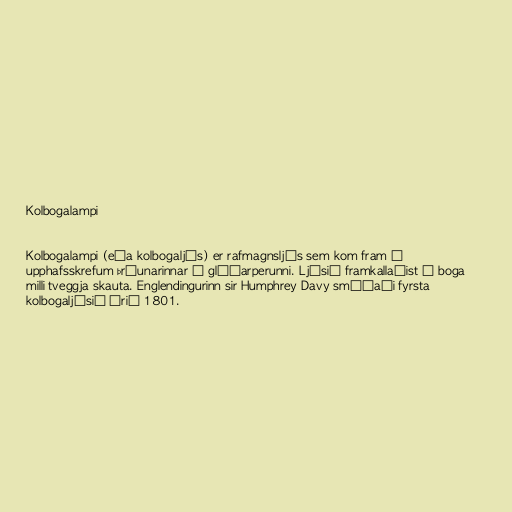
Kolbogalampi

Kolbogalampi (eða kolbogaljós) er rafmagnsljós sem kom fram í
upphafsskrefum þróunarinnar á glóðarperunni. Ljósið framkallaðist í boga
milli tveggja skauta. Englendingurinn sir Humphrey Davy smíðaði fyrsta
kolbogaljósið árið 1801.